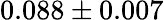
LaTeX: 0.088\pm 0.007